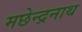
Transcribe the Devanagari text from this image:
मछेन्द्रनाथ